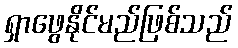
ရှာဖွေနိုင်မည်ဖြစ်သည်